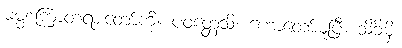
ဓမ္မစကြာတရားတော်ကို။ ပဝတ္တေသိ၊ ဟောတော်မူပြီ။ သိခိမှိ၊